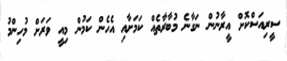
ސީރިއަސްކޮށް އީރާނުން ނަގާނެ މުބާރާތެއް ކަމަށާއި އެހެން ކަމުން މިއީ ވަރަށް މުހިންމު